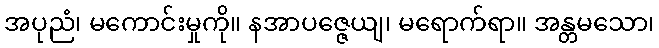
အပုညံ၊ မကောင်းမှုကို။ နအာပဇ္ဇေယျ၊ မရောက်ရာ။ အန္တမသော၊